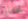
تختاره